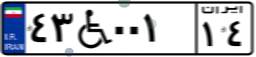
۴۳W۰۰۱۱۴